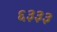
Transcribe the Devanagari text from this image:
६३३३